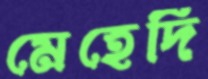
মেহেদি